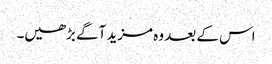
اس کے بعد وہ مزید آگے بڑھیں۔